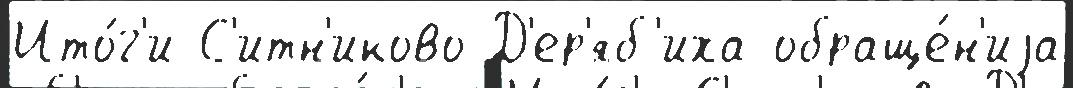
Ито́г'и С'итн'иково Д'ер'яб'иха обраще́н'иjа